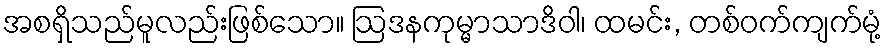
အစရှိသည်မူလည်းဖြစ်သော။ ဩဒနကုမ္မာသာဒိဝါ၊ ထမင်း, တစ်ဝက်ကျက်မုံ့